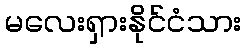
မလေးရှားနိုင်ငံသား